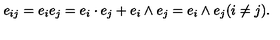
e _ { i j } = e _ { i } e _ { j } = e _ { i } \cdot e _ { j } + e _ { i } \wedge e _ { j } = e _ { i } \wedge e _ { j } ( i \neq j ) .